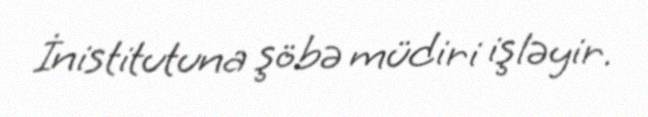
İnistitutuna şöbə müdiri işləyir.